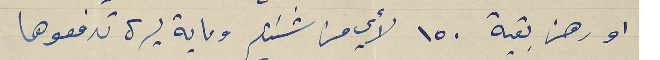
او رهن بقية ١٥٠ لأي من شئتم وماية ليرة تدفعوها